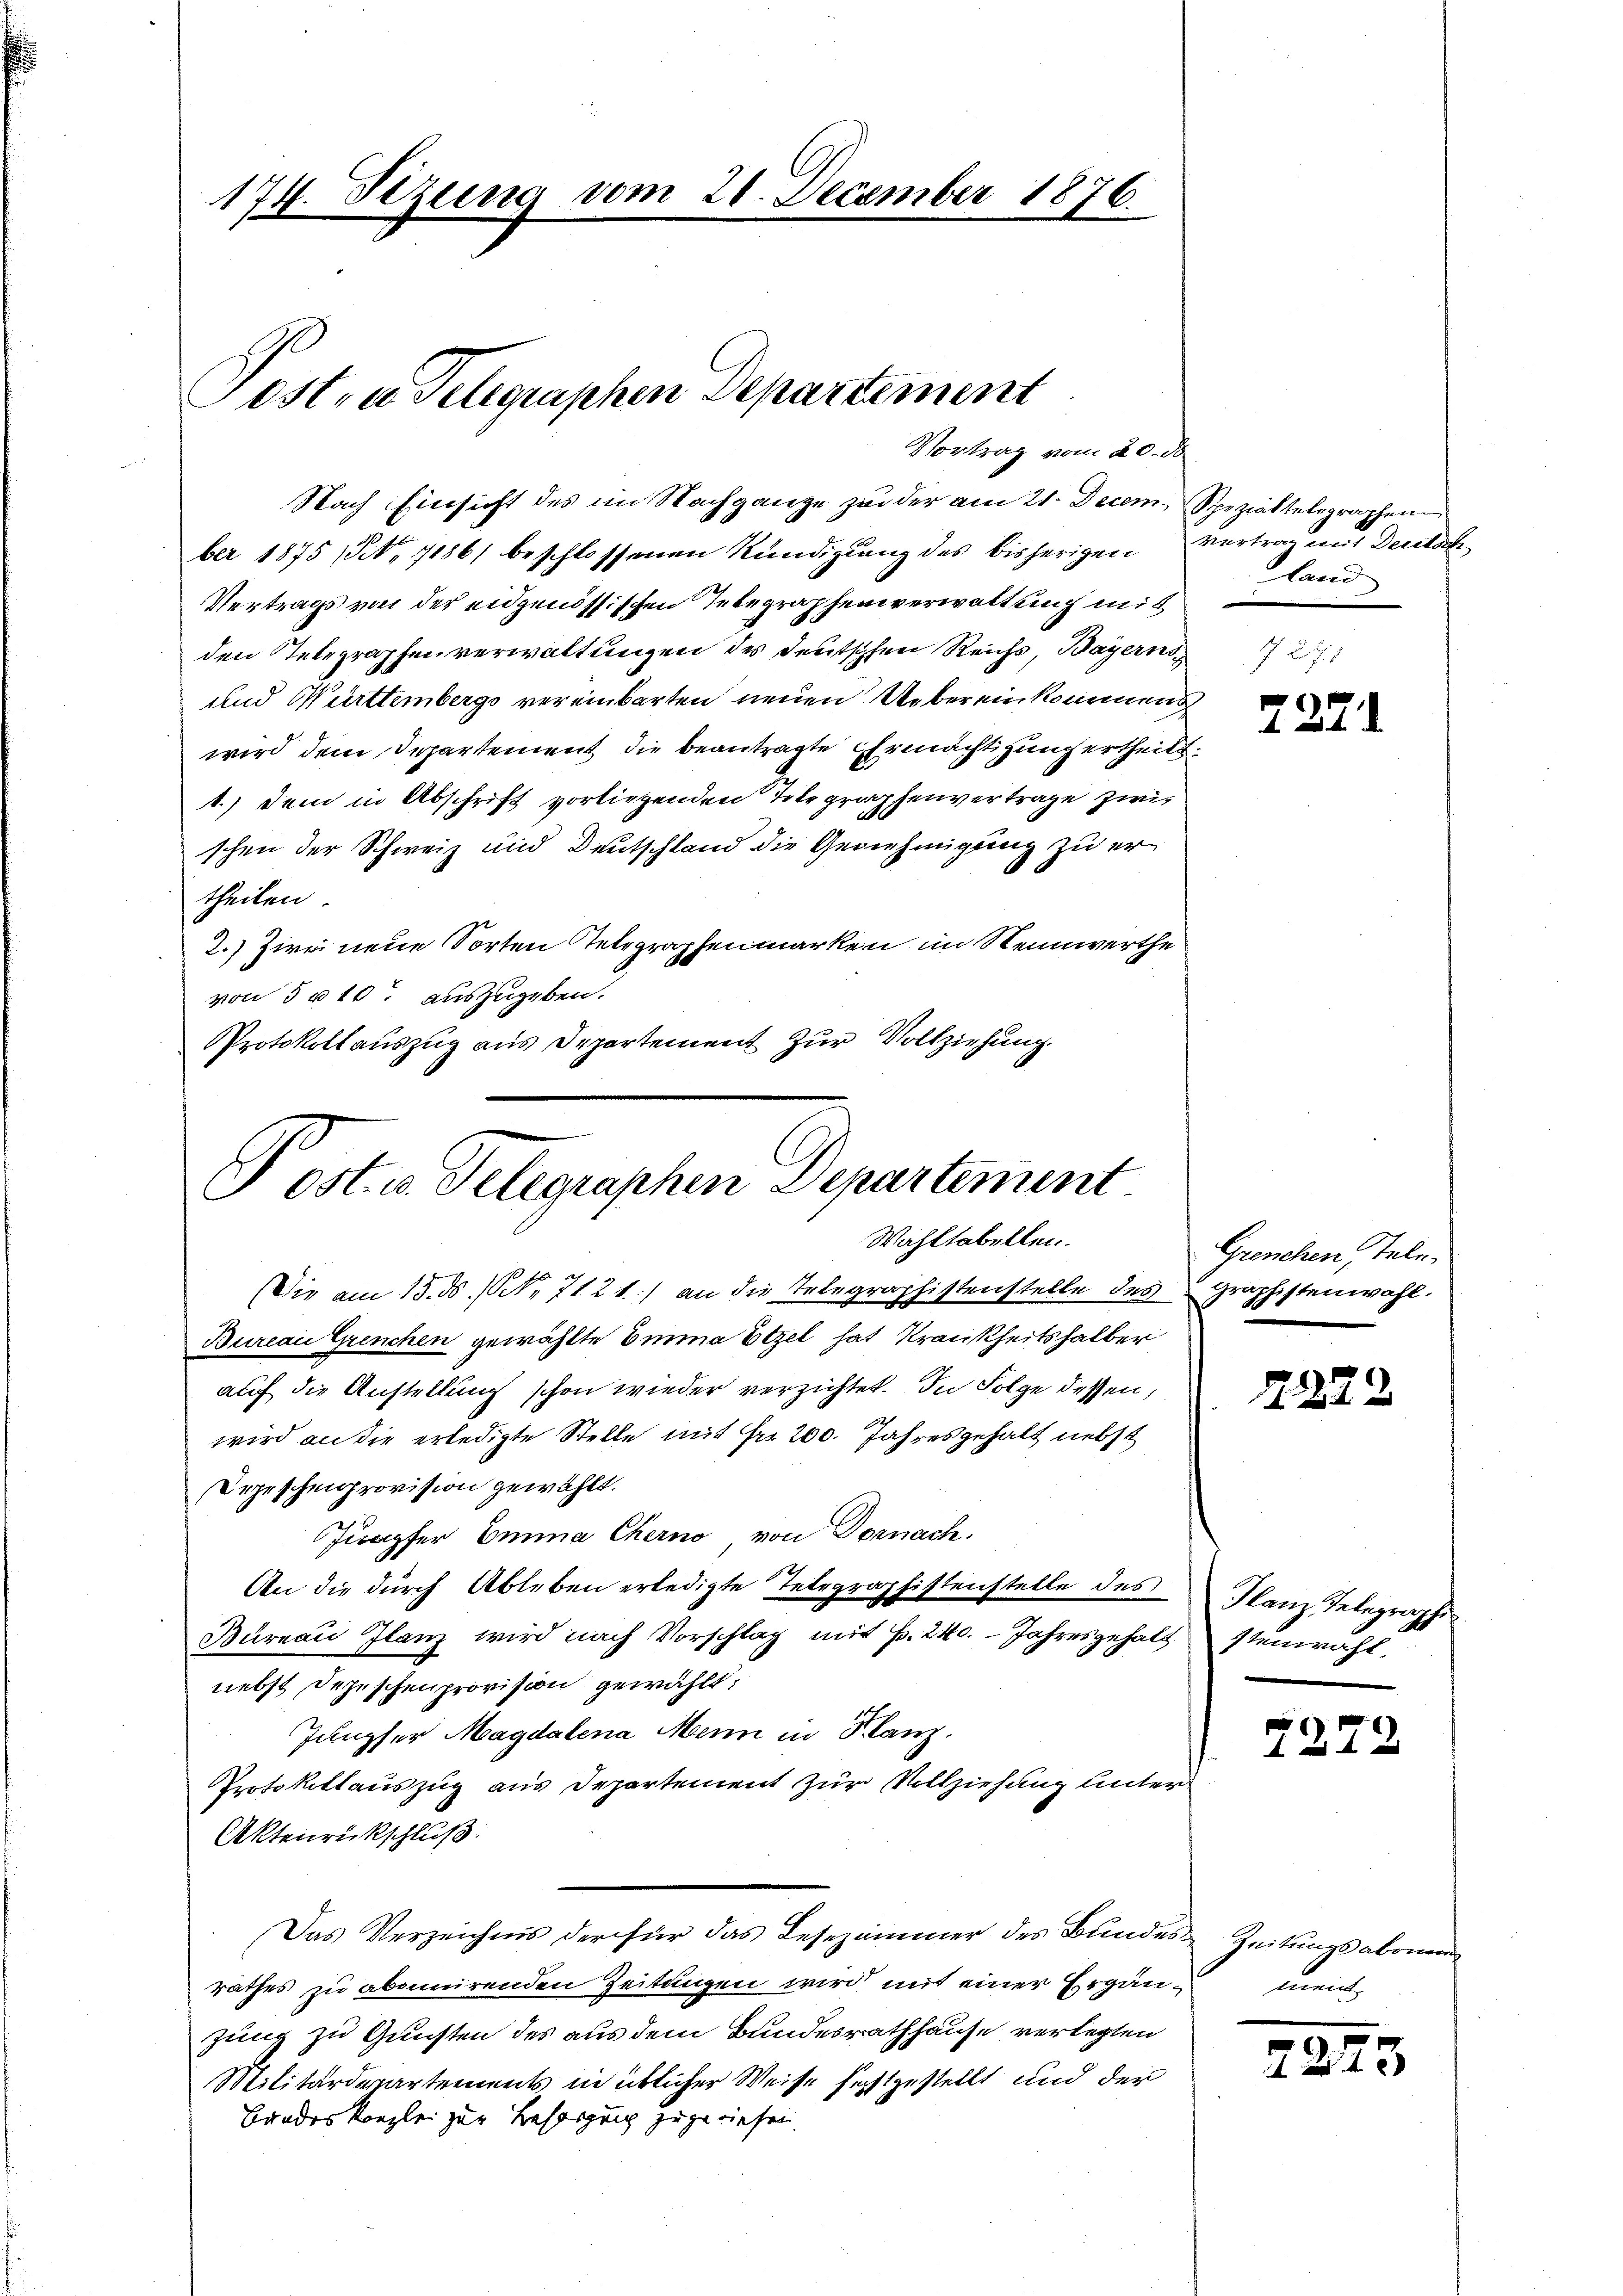
Vortrag vom 20. de

Nach Einsicht des im Nachgange zu der am 21. Decem Spezieltelegraphen
ber 1875 (Tit. 11861 beschlossenen Kündigung des bisherigen Vertrag mit Deutsch
Vertrags von der eidgenössischen Telegraphenverwaltung mit
den Telegraphenverwaltungen des Deutschen Reichs, Bayerns
und Württemberg vereinbarten neuen Uebereinkommens
wird dem Departement die beantragte Ermächtigung ertheilt.
1.) Dem in Abschrift vorliegenden Telegraphenvertrage zwis
schen der Schweiz und Deutschland die Genehmigung zu er
theilen.
2.) Zwei neue Sorten Telegraphenmarken im Rennwerthe
von 5 f 10. auszugeben.
Protokollauszug aus Departement zur Vollziehung.

Posts Delegraphen Departement
Wahltabellen.
(Die am 15. ds. (N. 712 f.) an die Telegraphistenstelle des graphistenwahl.
Bureau Gienchen gewählte Emma Etzel hat Krankheitshalber

174. Stzung vom 20. December 1876.

Sostra Telegraphen Departement

auf die Anstellung schon wieder verzichtet. In Folge dessen,
wird an die erledigte Stelle mit Fr. 200. Jahresgehalt nebst
Depeschenprovision gewählt.
Jungfer Emma Chero von Dornach.
An die durch Ableben erledigte Telegraphistenstelle des
Bureau Ilanz wird nach Vorschlag mit p. 240. Jahresgehalt stenwahl,
nebst Depeschenprovision gewählt:
Jungfer Magdalena Mein in Klanz.
Protokollauszug aus Departement zur Vollziehung unter
Aktenrückschluß:
Das Verzeichnis der für das Lesezimmer des Bundes-Zeitungsabonn
rathes zu abonnirenden Zeitungen wird mit einer Ergän¬ ment
zung zu Gunsten des aus dem Bundesrathhause verlegten
Militärdepartements in üblicher Weise festgestellt und der
Bandeskanzlei zur Besorgung zugewiesen.

land

7271

Grenchen, Tele¬

2229

Flanz Telegraphi

7272

72.

3